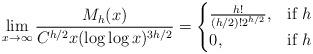
LaTeX: \begin{align*}\lim_{x \to \infty} \frac{M_h(x)}{C^{h/2}x(\log\log x)^{3h/2}} = \begin{cases} \frac{h!}{(h/2)!2^{h/2}}, &\mbox{if } h \\ 0, & \mbox{if } h \end{cases}\end{align*}